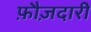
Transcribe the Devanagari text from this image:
फ़ौज़दारी